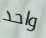
واحد